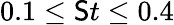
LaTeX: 0.1\leq\mathsf{S}t\leq0.4